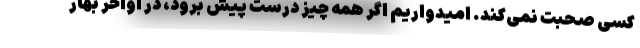
کسی صحبت نمی‌کند. امیدواریم اگر همه چیز درست پیش برود، در اواخر بهار